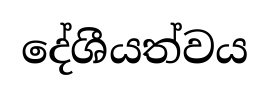
දේශීයත්වය